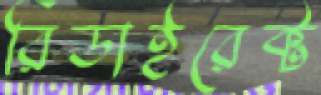
রিডাইরেক্ট